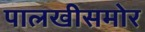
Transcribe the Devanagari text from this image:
पालखीसमोर